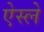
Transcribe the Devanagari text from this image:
ऐस्ले